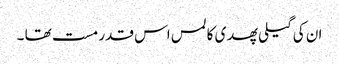
ان کی گیلی پھدی کا لمس اس قدر مست تھا ۔